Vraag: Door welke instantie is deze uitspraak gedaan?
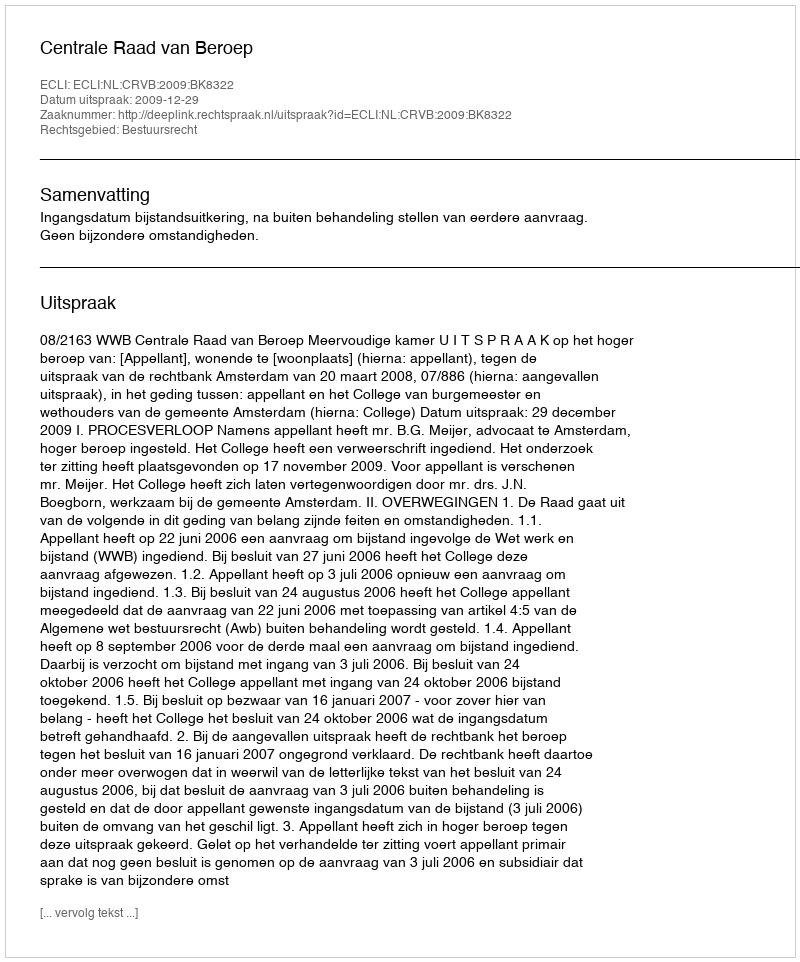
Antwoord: Centrale Raad van Beroep